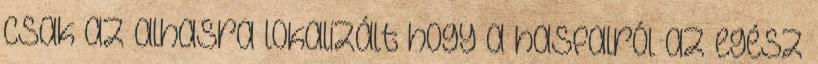
csak az alhasra lokalizált hogy a hasfalról az egész